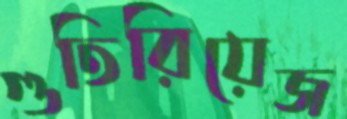
গুতিরিয়েজ